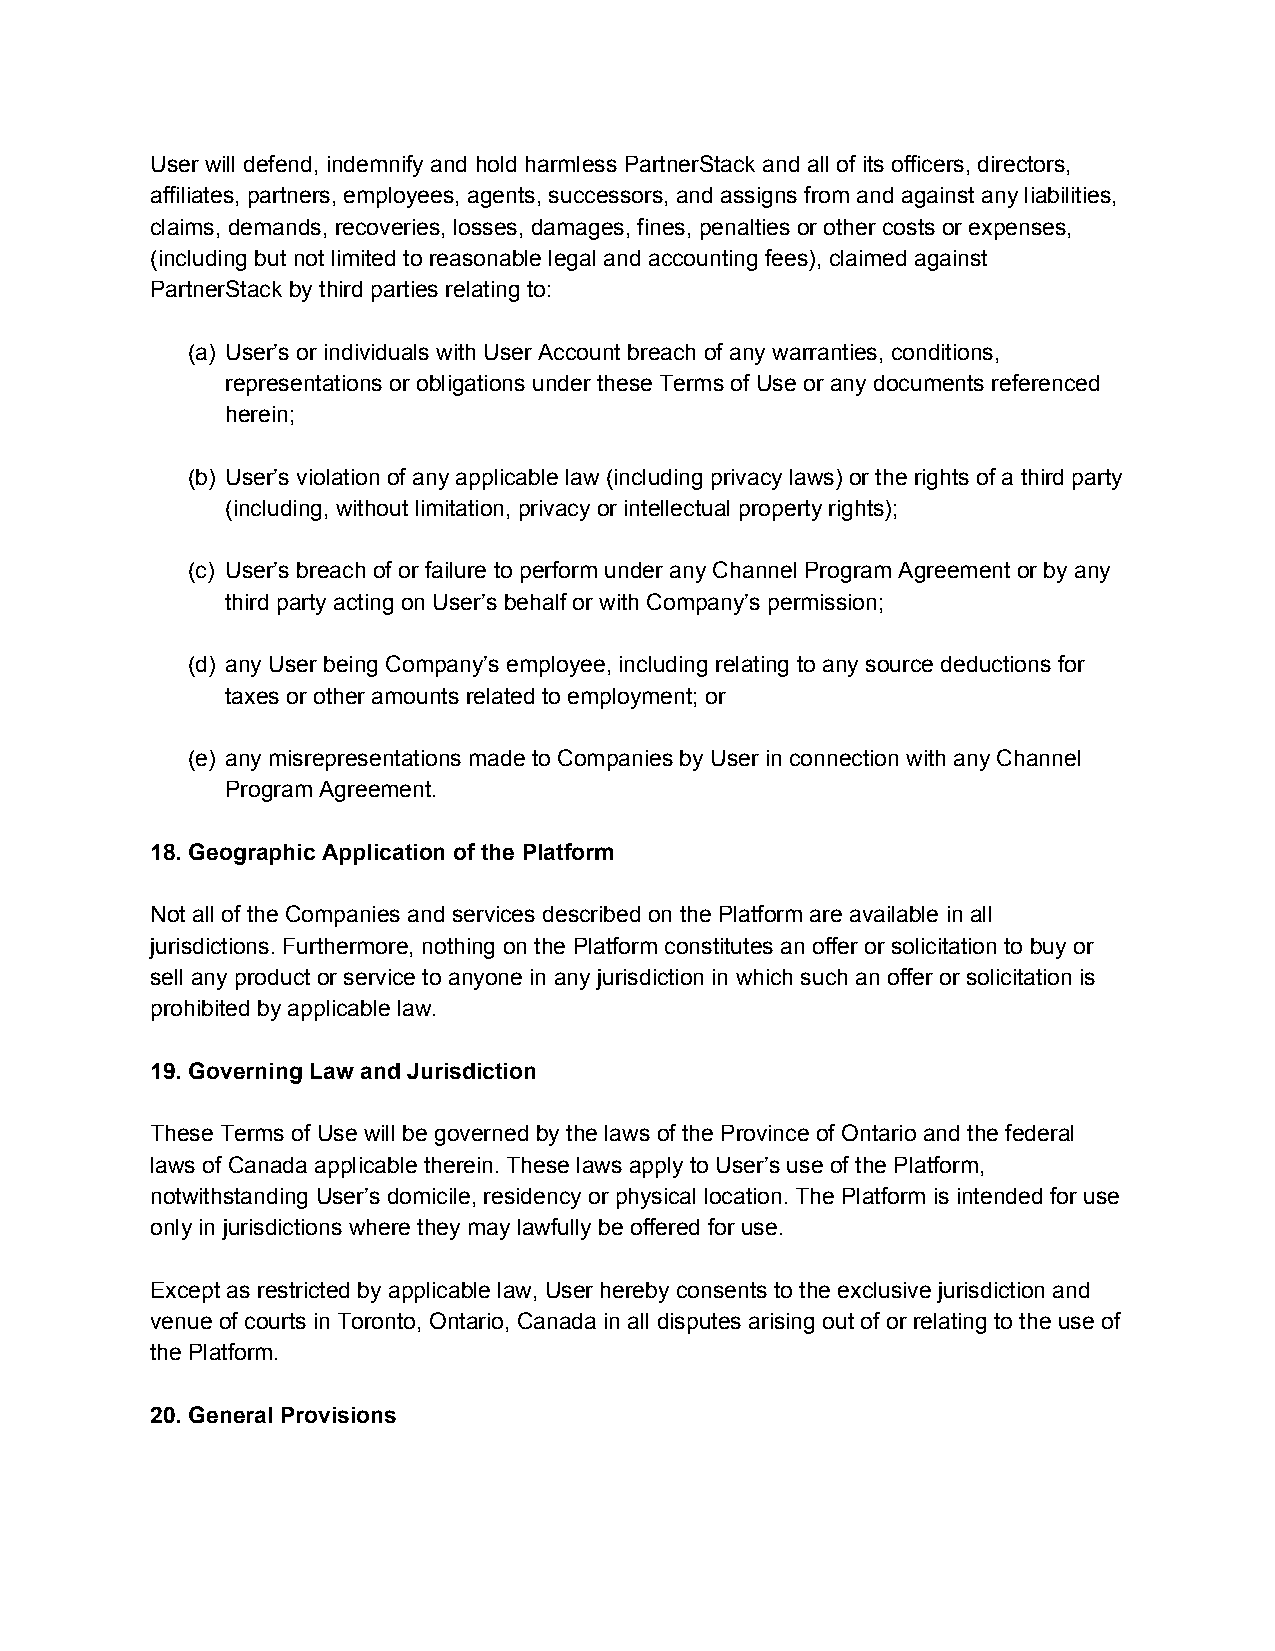
User will defend, indemnify and hold harmless PartnerStack and all of its officers, directors,
 affiliates, partners, employees, agents, successors, and assigns from and against any liabilities,
 claims, demands, recoveries, losses, damages, fines, penalties or other costs or expenses,
 (including but not limited to reasonable legal and accounting fees), claimed against
 PartnerStack by third parties relating to:
 (a) User’s or individuals with User Account breach of any warranties, conditions,
 representations or obligations under these Terms of Use or any documents referenced
 herein;
 (b) User’s violation of any applicable law (including privacy laws) or the rights of a third party
 (including, without limitation, privacy or intellectual property rights);
 (c) User’s breach of or failure to perform under any Channel Program Agreement or by any
 third party acting on User’s behalf or with Company’s permission;
 (d) any User being Company’s employee, including relating to any source deductions for
 taxes or other amounts related to employment; or
 (e) any misrepresentations made to Companies by User in connection with any Channel
 Program Agreement.
 18. Geographic Application of the Platform
 Not all of the Companies and services described on the Platform are available in all
 jurisdictions. Furthermore, nothing on the Platform constitutes an offer or solicitation to buy or
 sell any product or service to anyone in any jurisdiction in which such an offer or solicitation is
 prohibited by applicable law.
 19. Governing Law and Jurisdiction
 These Terms of Use will be governed by the laws of the Province of Ontario and the federal
 laws of Canada applicable therein. These laws apply to User’s use of the Platform,
 notwithstanding User’s domicile, residency or physical location. The Platform is intended for use
 only in jurisdictions where they may lawfully be offered for use.
 Except as restricted by applicable law, User hereby consents to the exclusive jurisdiction and
 venue of courts in Toronto, Ontario, Canada in all disputes arising out of or relating to the use of
 the Platform.
 20. General Provisions